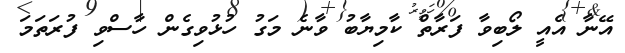
އޭނާ އެއީ ލޯބިވާ ފަރާތް ކާމިޔާބު ވާނެ މަގު ހުޅުވިގެން ހާސްވި ފުރަތަމަ